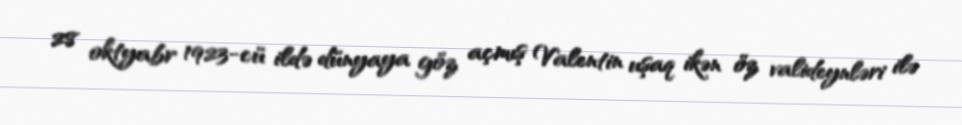
28 oktyabr 1923-cü ildə dünyaya göz açmış Valentin uşaq ikən öz valideynləri ilə